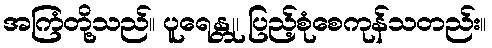
အကြံတို့သည်။ ပူရေန္တု၊ ပြည့်စုံစေကုန်သတည်း။